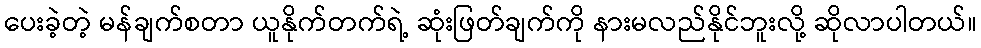
ပေးခဲ့တဲ့ မန်ချက်စတာ ယူနိုက်တက်ရဲ့ ဆုံးဖြတ်ချက်ကို နားမလည်နိုင်ဘူးလို့ ဆိုလာပါတယ်။